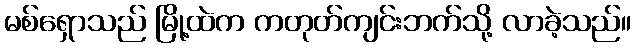
မစ်ရှောသည် မြို့ထဲက ကတုတ်ကျင်းဘက်သို့ လာခဲ့သည်။